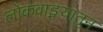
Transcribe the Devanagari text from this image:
लोकवाङ्मयातून